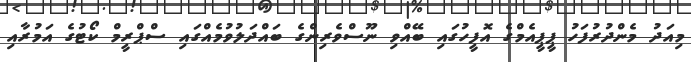
މިއަދު މެންދުރުފަހު ޕީޕީއެމްގެ އޮފީހުގައި ބޭއްވި ނޫސްވެރިންގެ ބައްދަލުވުމެއްގައި ސްޕްރީމް ކޯޓުގެ އަމުރާއި